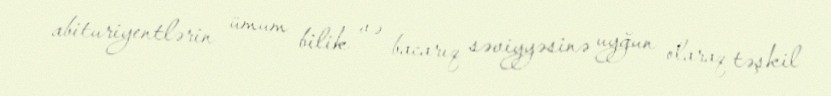
abituriyentlərin ümum bilik və bacarıq səviyyəsinə uyğun olaraq təşkil